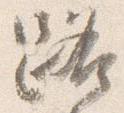
路